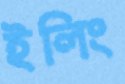
ইলিং